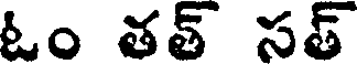
ఓం తత్ సత్